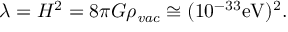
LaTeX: \lambda = H ^ { 2 } = 8 \pi G \rho _ { \it v a c } \cong ( 1 0 ^ { - 3 3 } \mathrm { e V ) ^ { 2 } . }